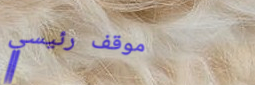
موقف رئيسي